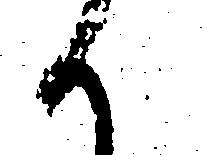
候